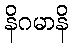
နိဂမာနိ